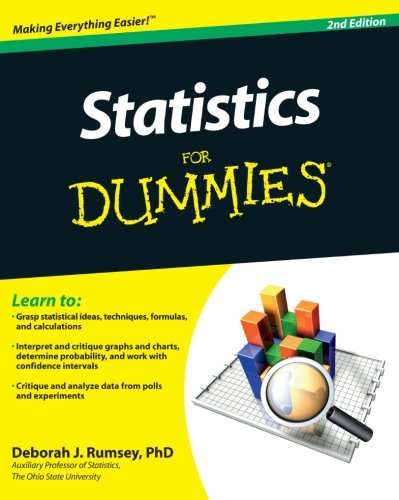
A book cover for Statistics For Dummies; Deborah J. Rumsey; Science & Math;